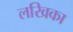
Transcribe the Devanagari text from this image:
लखिका